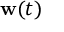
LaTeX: \mathbf { w } ( t )